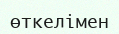
өткелімен